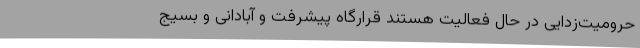
حرومیت‌زدایی در حال فعالیت هستند قرارگاه پیشرفت و آبادانی و بسیج